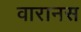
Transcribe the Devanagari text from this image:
वारानस